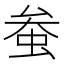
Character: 𫊲